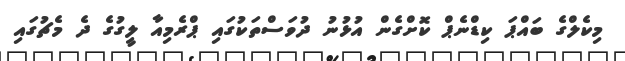
މިކެލްގެ ބައްޕަ ކިޑްނެޕް ކޮށްގެން އުޅުނު ދުވަސްތަކުގައި ޕްރެމިއާ ލީގުގެ ދެ މެޗުގައި